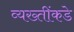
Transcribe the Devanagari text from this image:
व्यख्तींकडे